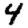
Digit: 4